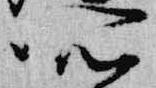
所